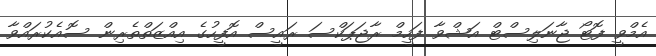
އެމްވީ ފޮޓޯ ޖާނަލިސްޓް އަޝްވާ ފަހީމް ރާޖަޕަކްސަ ރައީސް އޮފީހުގެ އިއްޒަތްތެރިން ސޮއެކުރައްވާ